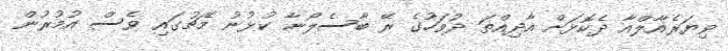
ވިޔަރެއާލްއާ ދެކޮޅަށް އާދިއްތަ ދުވަހުގެ ރޭ ބާސެލޯނާ ކުޅުނު މެޗުގައި ވެސް އުމުރުން